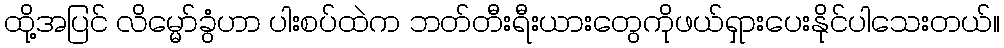
ထို့အပြင် လိမ္မော်ခွံဟာ ပါးစပ်ထဲက ဘတ်တီးရီးယားတွေကိုဖယ်ရှားပေးနိုင်ပါသေးတယ်။